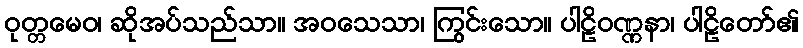
ဝုတ္တမေဝ၊ ဆိုအပ်သည်သာ။ အဝသေသာ၊ ကြွင်းသော။ ပါဠိဝဏ္ဏနာ၊ ပါဠိတော်၏